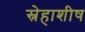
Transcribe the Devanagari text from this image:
स्नेहाशीष